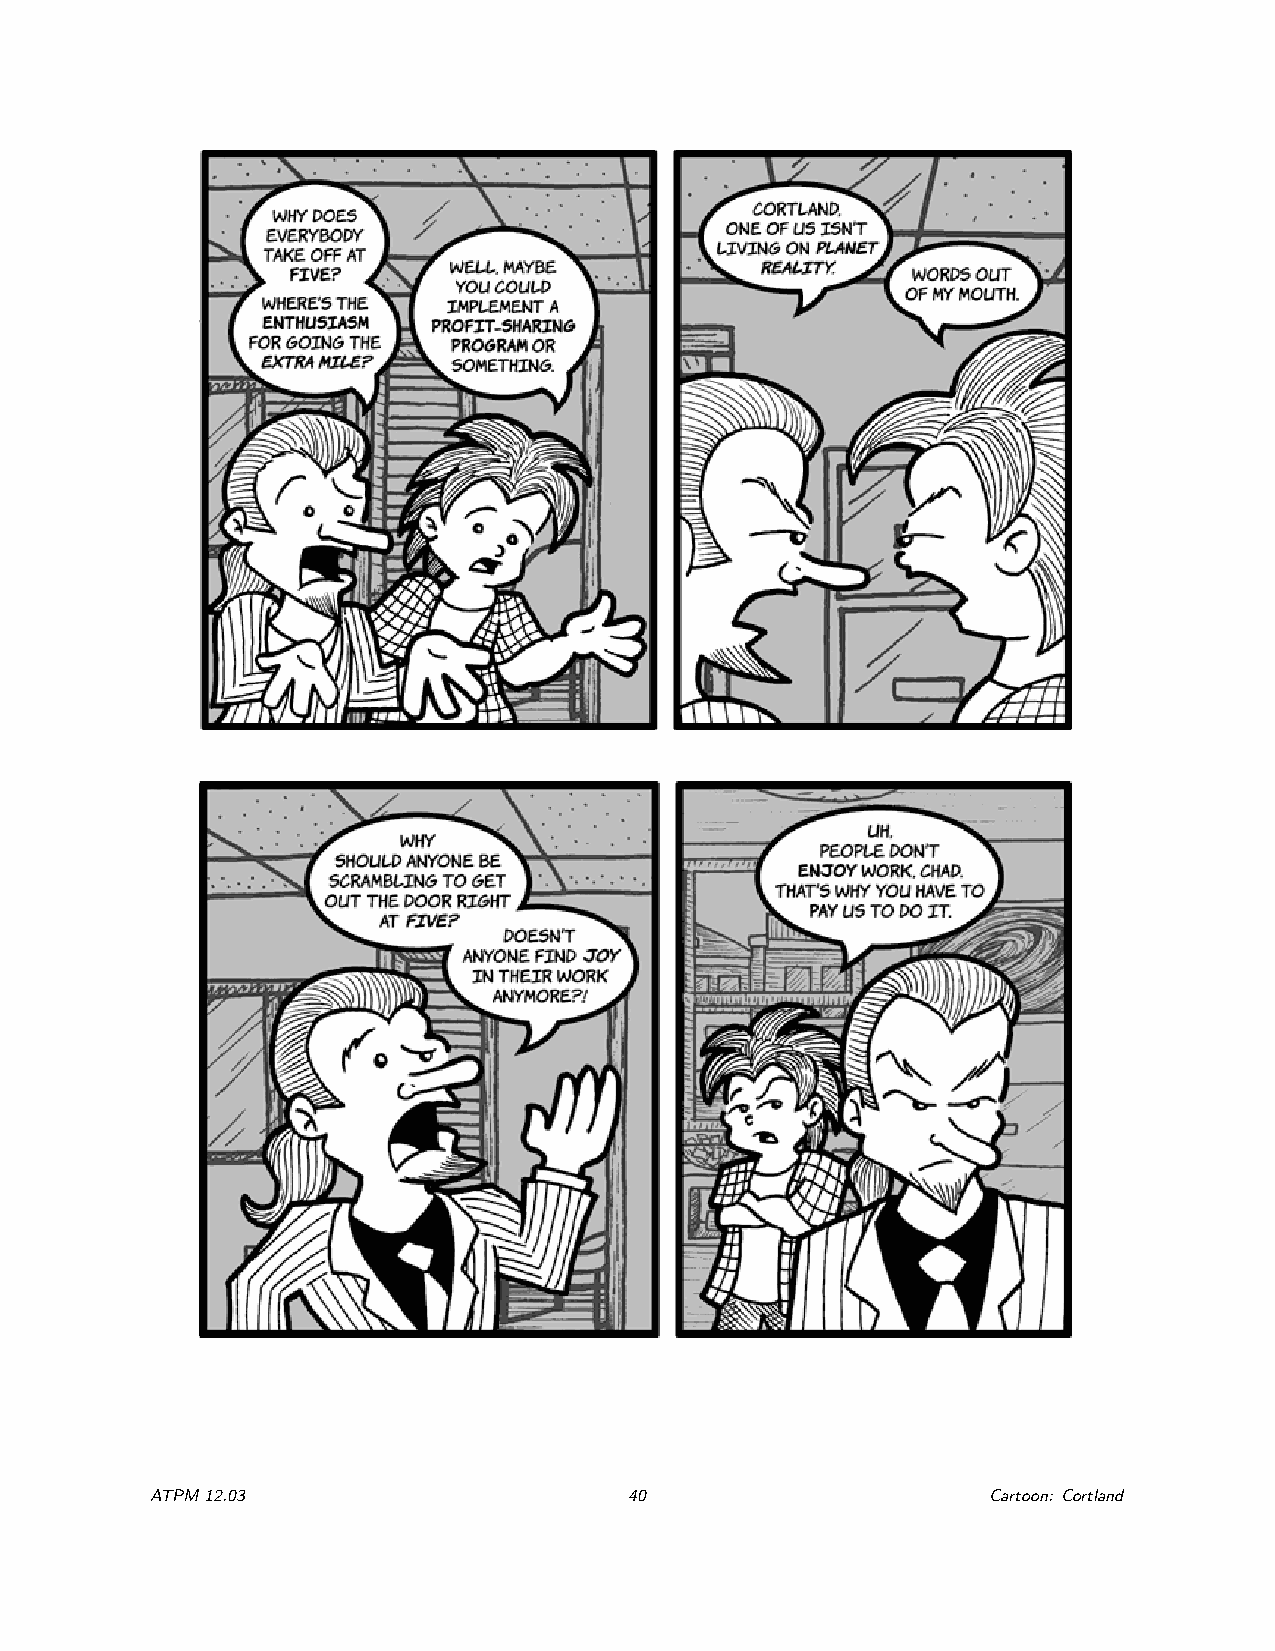
ATPM12.03                       40                     Cartoon: Cortland